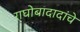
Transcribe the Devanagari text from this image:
राघोबादादांचे